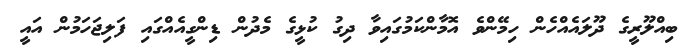
ބިއްލޫރީގެ ދޫލައެއްހެން ހިމޭންވެ އޮމާންކަމުގައިވާ ދިގު ކުޅީގެ މެދުން ޑިންގީއެއްގައި ފަލިޖަހަމުން އައީ